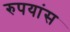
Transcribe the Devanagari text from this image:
रुपयांस